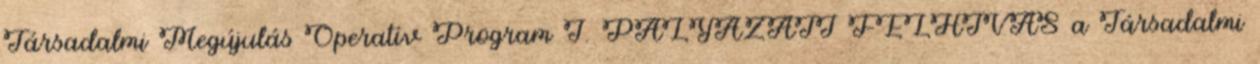
Társadalmi Megújulás Operatív Program I. PÁLYÁZATI FELHÍVÁS a Társadalmi